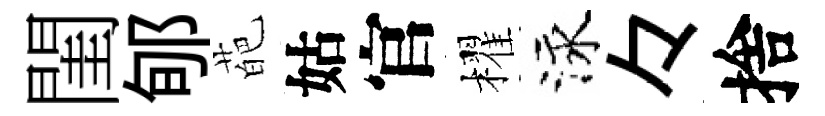
閨郇葩姑官櫂泳々捨